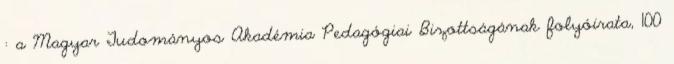
: a Magyar Tudományos Akadémia Pedagógiai Bizottságának folyóirata, 100